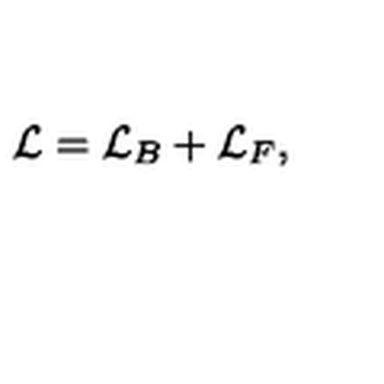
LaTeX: { \cal L } = { \cal L } _ { B } + { \cal L } _ { F } ,